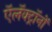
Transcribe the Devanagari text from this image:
ऍलॅक्ट्रॉनों